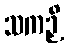
သကဉှိ